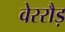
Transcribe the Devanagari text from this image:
वेररौड़